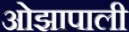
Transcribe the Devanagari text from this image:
ओझापाली